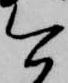
富